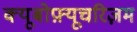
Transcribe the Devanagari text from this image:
क्यूबोफ़्यूचरिज़म